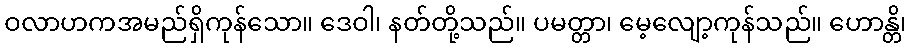
ဝလာဟကအမည်ရှိကုန်သော။ ဒေဝါ၊ နတ်တို့သည်။ ပမတ္တာ၊ မေ့လျော့ကုန်သည်။ ဟောန္တိ၊